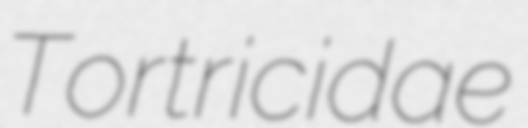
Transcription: Tortricidae